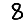
Digit: 8